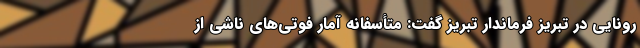
رونایی در تبریز فرماندار تبریز گفت: متأسفانه آمار فوتی‌های ناشی از